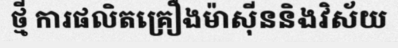
ថ្មី ការផលិតគ្រឿងម៉ាស៊ីននិងវិស័យ